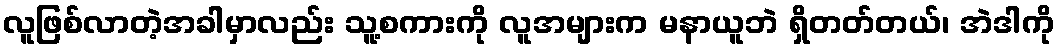
လူဖြစ်လာတဲ့အခါမှာလည်း သူ့စကားကို လူအများက မနာယူဘဲ ရှိတတ်တယ်၊ အဲဒါကို